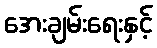
အေးချမ်းရေးနှင့်